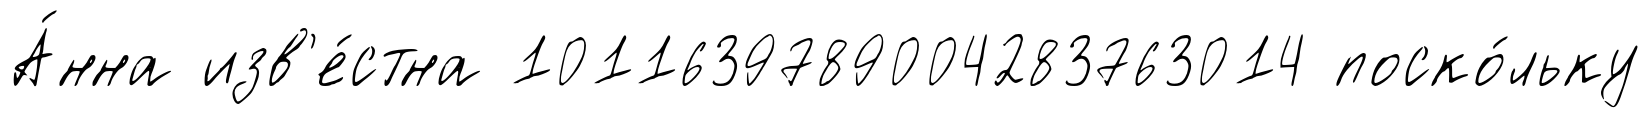
А́нна изв'е́стна 1011639789004283763014 поско́льку